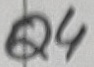
Text: Q4